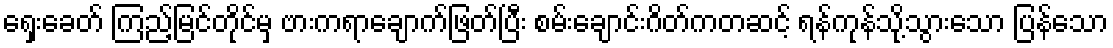
ရှေးခေတ် ကြည့်မြင်တိုင်မှ ဗားကရာချောက်ဖြတ်ပြီး စမ်းချောင်းဂိတ်ကတဆင့် ရန်ကုန်သို့သွားသော ပြန်သော